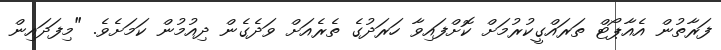
ފަރާތުން އެއާޕޯޓް ތަރައްގީކުރުމަށް ކޮށްފައިވާ ހަރަދުގެ ތެރެއަށް ވަދެގެން ދިއުމުން ކަމަށެވެ. "މިފަދައިން